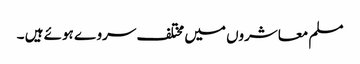
مسلم معاشروں میں مختلف سروے ہوئے ہیں ۔